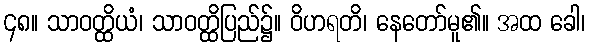
၄၈။ သာဝတ္ထိယံ၊ သာဝတ္ထိပြည်၌။ ဝိဟရတိ၊ နေတော်မူ၏။ အထ ခေါ၊